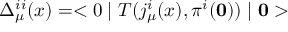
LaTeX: \Delta _ { \mu } ^ { i i } ( x ) = < 0 \mid T ( j _ { \mu } ^ { i } ( x ) , \pi ^ { i } ( \bf 0 ) ) \mid 0 >